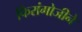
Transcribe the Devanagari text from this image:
फिरांगोजीने